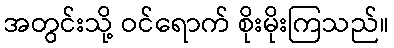
အတွင်းသို့ ဝင်ရောက် စိုးမိုးကြသည်။